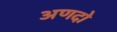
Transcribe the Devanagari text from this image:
अणदो